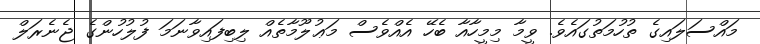
މައްސަލައިގެ ތުހުމަތުގައެވެ. ވީމާ މިމީހާއާ ބެހޭ އެއްވެސް މަޢުލޫމާތެއް ލިބިފައިވާނަމަ ފުލުހުންގެ ޖެނެރަލް